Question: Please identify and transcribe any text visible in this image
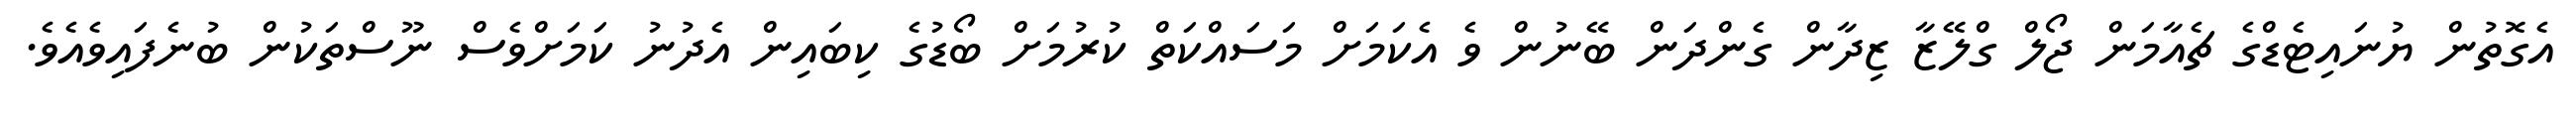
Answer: އެގޮތުން ޔުނައިޓެޑްގެ ޗެއާމަން ޖޯލް ގްލޭޒާ ޒިދާން ގެންދަން ބޭނުން ވެ އެކަމަށް މަސައްކަތް ކުރުމަށް ބޯޑުގެ ކިބައިން އެދުނު ކަމަށްވެސް ނޫސްތަކުން ބުނެފައިވެއެވެ.